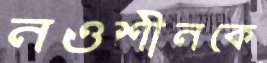
নওশীনকে